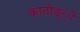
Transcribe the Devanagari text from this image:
काठोङ्ी